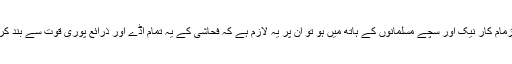
اگر زمام کار نیک اور سچے مسلمانوں کے ہاتھ میں ہو تو ان پر یہ لازم ہے کہ فحاشی کے یہ تمام اڈے اور ذرائع پوری قوت سے بند کردیں۔